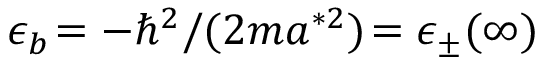
\epsilon _ { b } \! = - \hbar ^ { 2 } / ( 2 m a ^ { * 2 } ) \! = \epsilon _ { \pm } ( \infty )